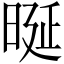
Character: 𣆴